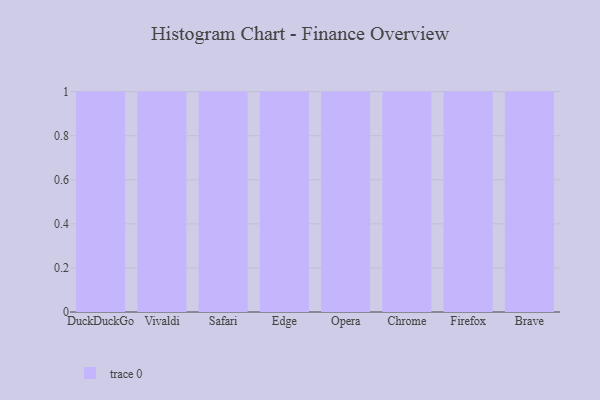
{"axis": {"x": "Browser", "y": "Page Views"}, "legend": [""], "data": [{"x": "DuckDuckGo", "y": 86, "type": ""}, {"x": "Vivaldi", "y": 70, "type": ""}, {"x": "Safari", "y": 88, "type": ""}, {"x": "Edge", "y": 30, "type": ""}, {"x": "Opera", "y": 96, "type": ""}, {"x": "Chrome", "y": 51, "type": ""}, {"x": "Firefox", "y": 1, "type": ""}, {"x": "Brave", "y": 74, "type": ""}]}